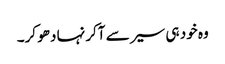
وہ خود ہی سیر سے آکر نہا دھو کر۔